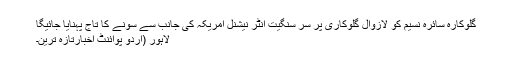
گلوکارہ سائرہ نسیم کو لازوال گلوکاری پر سر سنگیت انٹر نیشنل امریکہ کی جانب سے سونے کا تاج پہنایا جائیگا
لاہور (اُردو پوائنٹ اخبارتازہ ترین۔